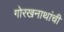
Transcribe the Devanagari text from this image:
गोरखनाथांची